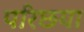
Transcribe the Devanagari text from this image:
परिछया